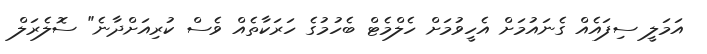
އަމަލީ ސިފައެއް ގެނައުމަށް އެހީވުމަށް ހެލްމެޓް ބެހުމުގެ ހަރަކާތެއް ވެސް ކުރިއަށްދާނެ" ސޮލެރަލް